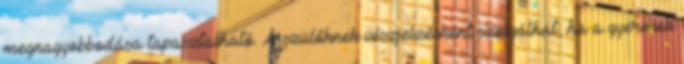
megnagyobbodása tapasztalható. A szülőknek vészjelzésként szolgálhat, ha a gyermek